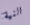
النية